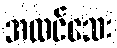
အထင်သေး